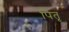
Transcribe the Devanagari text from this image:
पितृ